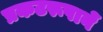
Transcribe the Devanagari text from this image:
प्रकटरूपानें